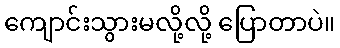
ကျောင်းသွားမလို့လို့ ပြောတာပဲ။